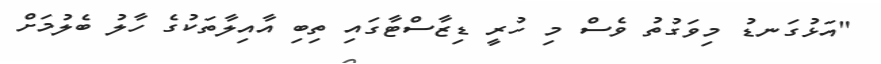
"އަޅުގަނޑު މިވަގުތު ވެސް މި ހުރީ ޑިޒާސްޓާގައި ތިބި އާއިލާތަކުގެ ހާލު ބެލުމަށް